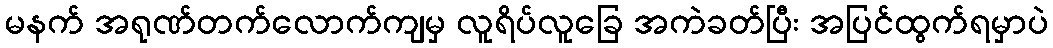
မနက် အရုဏ်တက်လောက်ကျမှ လူရိပ်လူခြေ အကဲခတ်ပြီး အပြင်ထွက်ရမှာပဲ